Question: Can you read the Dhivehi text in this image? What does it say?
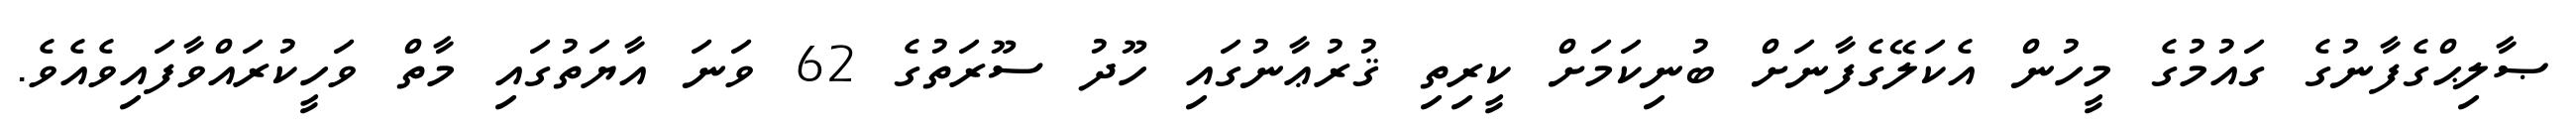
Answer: ޞާލިޙްގެފާނުގެ ގައުމުގެ މީހުން އެކަލޭގެފާނަށް ބުނިކަމަށް ކީރިތި ޤުރުޢާނުގައި ހޫދު ސޫރަތުގެ 62 ވަނަ އާޔަތުގައި މާތް ވަހީކުރައްވާފައިވެއެވެ.